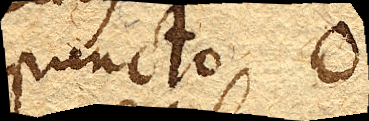
puncto O.